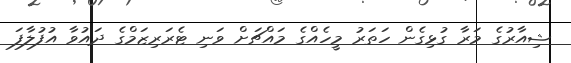
ޝިއާރުގެ މަރާ ގުޅިގެން ހަތަރު މީހެއްގެ މައްޗަށް ވަނި ޓެރަރިޒަމްގެ ދައުވާ އުފުލާފަ